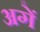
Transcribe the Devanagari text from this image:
अगें